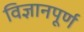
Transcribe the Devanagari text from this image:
विज्ञानपूर्ण